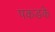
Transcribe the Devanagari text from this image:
पकडके